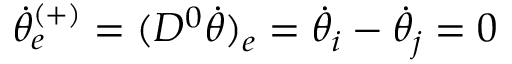
\Dot { \theta } _ { e } ^ { ( + ) } = ( D ^ { 0 } \Dot { \theta } ) _ { e } = \Dot { \theta } _ { i } - \Dot { \theta } _ { j } = 0